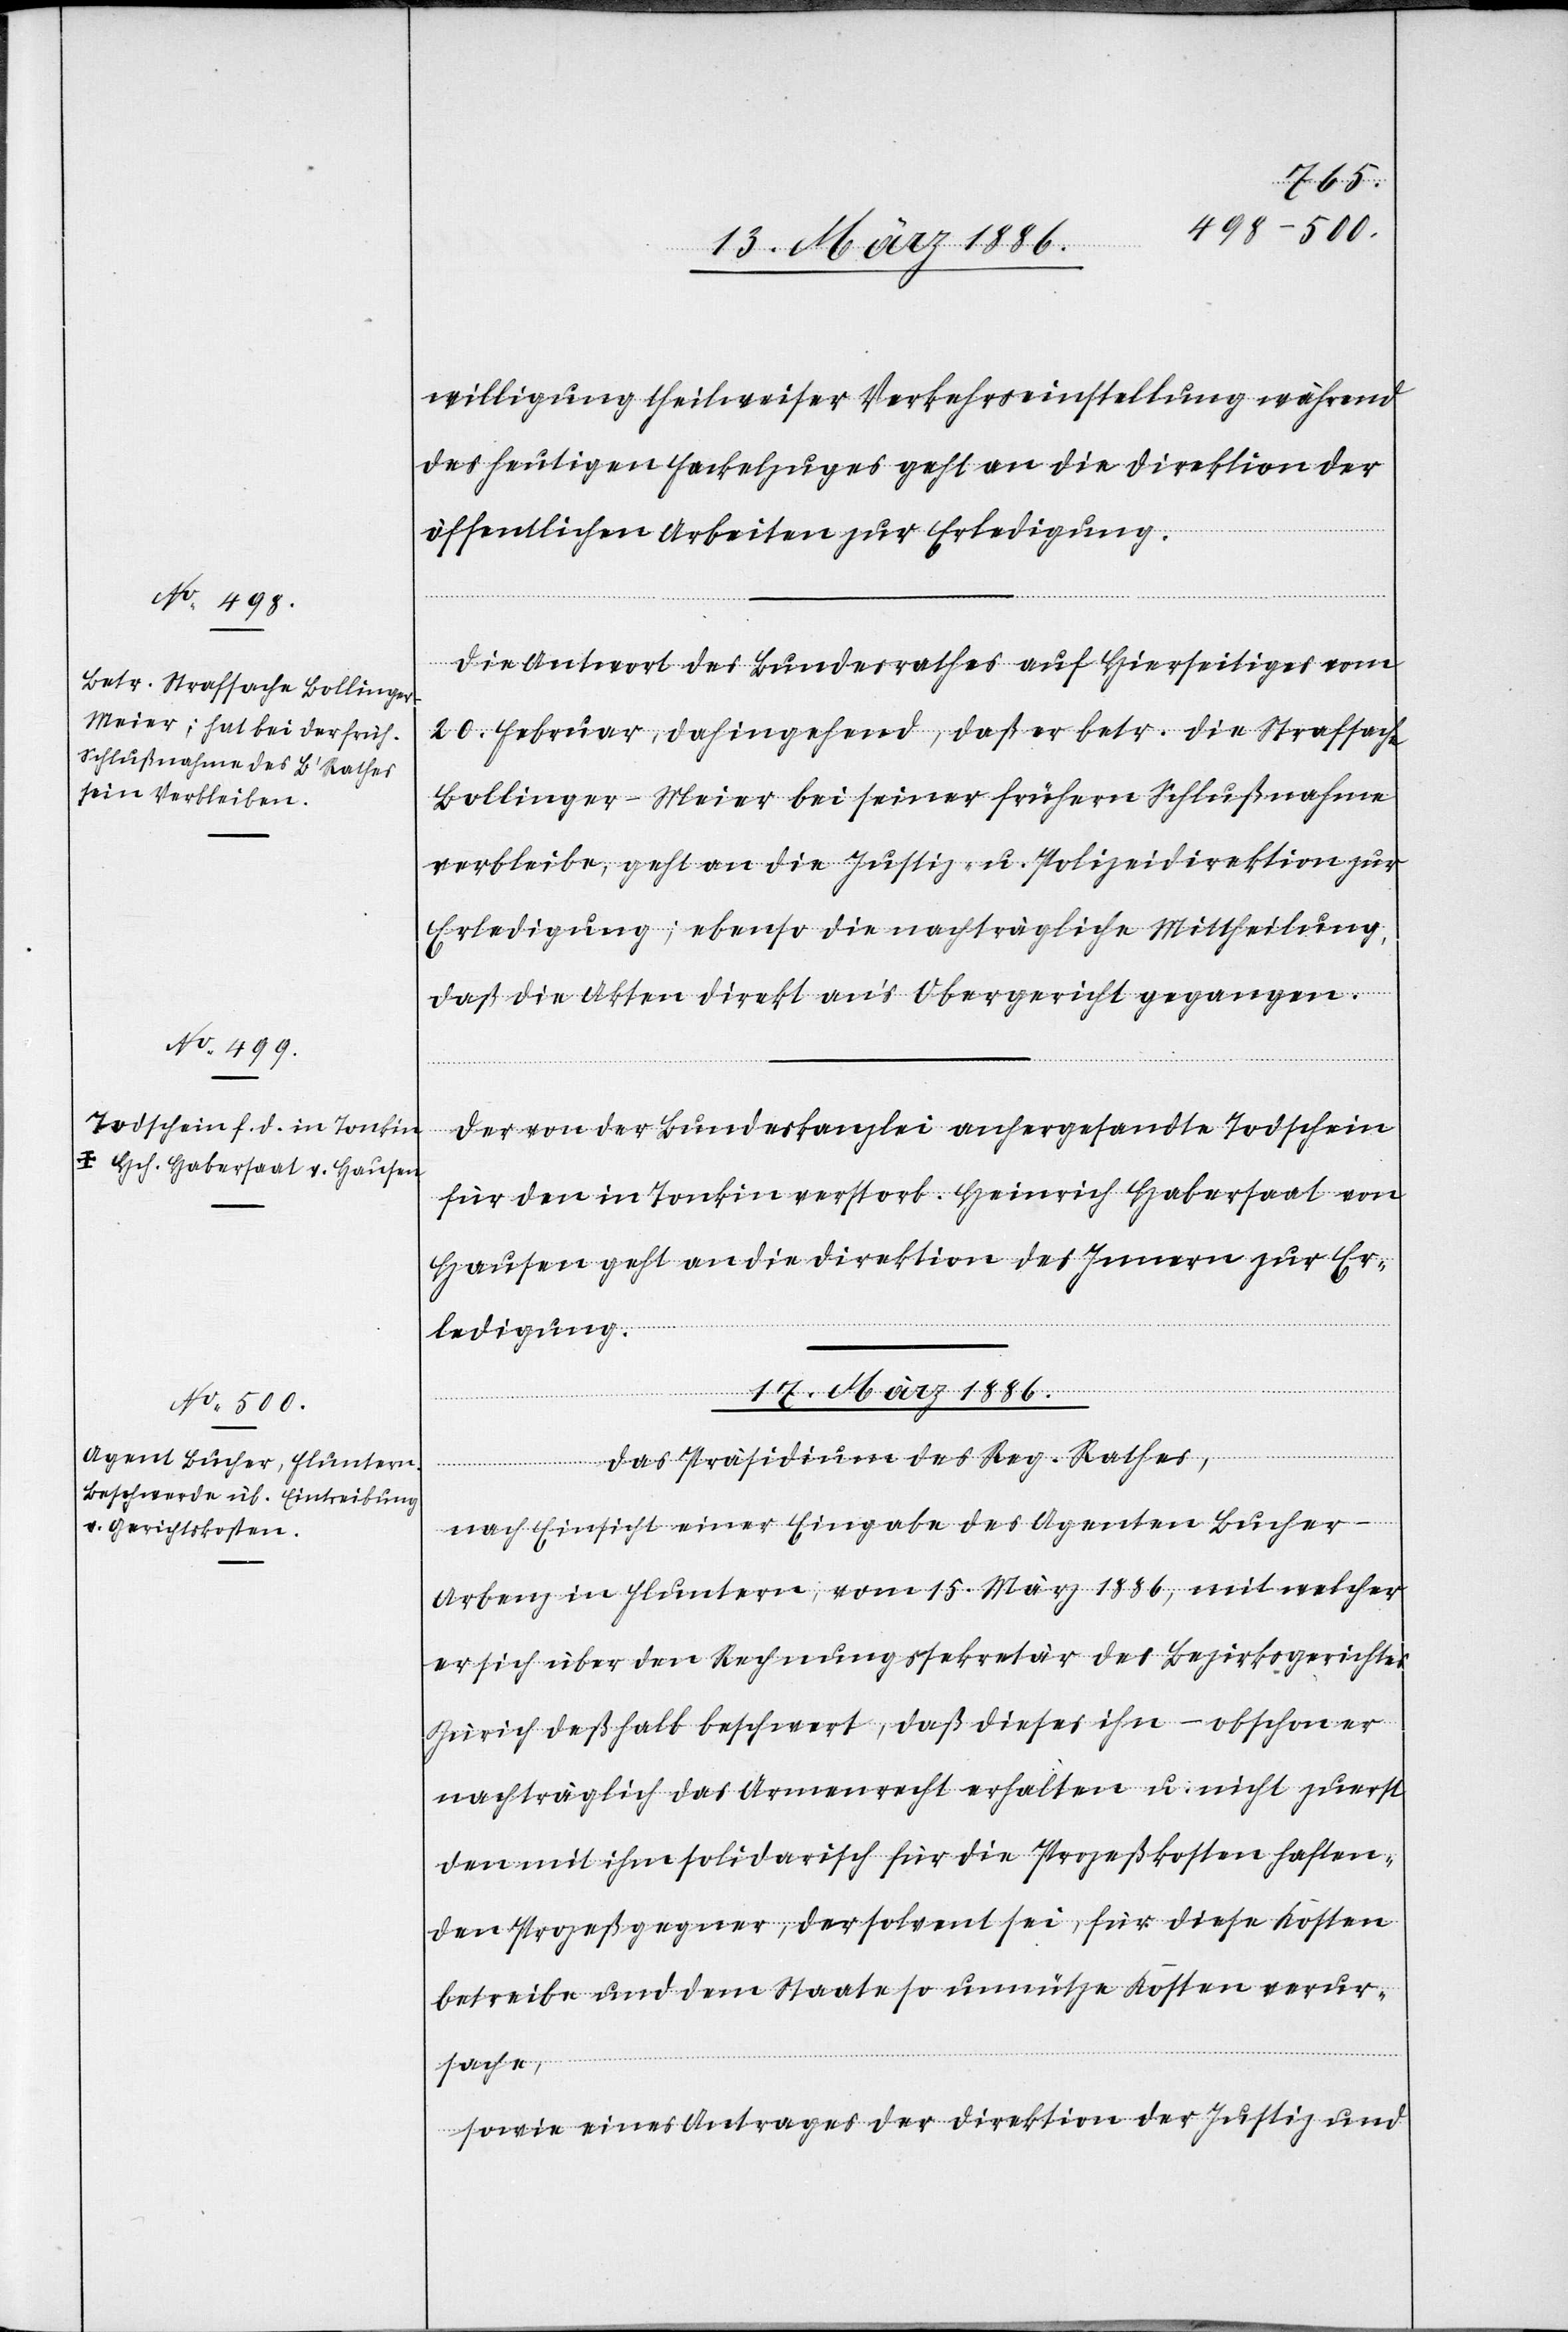
willigung theilweiser Verkehrseinstellung während
des heutigen Fackelzuges geht an die Direktion der
öffentlichen Arbeiten zur Erledigung.
Die Antwort des Bundesrathes auf Hierseitiges vom
20. Februar, dahingehend, daß er betr. die Strafsache
Bollinger-Meier bei seiner frühern Schlußnahme
verbleibe, geht an die Justiz- u. Polizeidirektion zur
Erledigung; ebenso die nachträgliche Mittheilung,
daß die Akten direkt an’s Obergericht gegangen.
Der von der Bundeskanzlei anhergesandte Todschein
für den in Tonkin verstorb. Heinrich Habersaat von
Hausen geht an die Direktion des Innern zur Er¬
ledigung.
17. März 1886.
Das Präsidium des Reg. Rathes,
nach Einsicht einer Eingabe des Agenten Bucher-A¬
rbenz in Fluntern; vom 15. März 1886, mit welcher
er sich über den Rechnungssekretär des Bezirksgerichtes
Zürich deßhalb beschwert, daß dieses ihn – obschon er
nachträglich das Armenrecht erhalten u. nicht zuerst
den mit ihm solidarisch für die Prozeßkosten haften¬
den Prozeßgegner, der solvent sei, für diese Kosten
betreibe und dem Staate so unnütze Kosten verur¬
sache,
sowie eines Antrages der Direktion der Justiz und